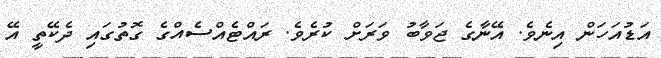
އަޑުއަަހަން އިނެވެ. އޭނާގެ ޖަވާބު ވަރަށް ކުރެވެ. ރައްޓެއްސެއްގެ ގޮތުގައި ދެކޭތީ އޭ